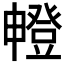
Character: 𤳘